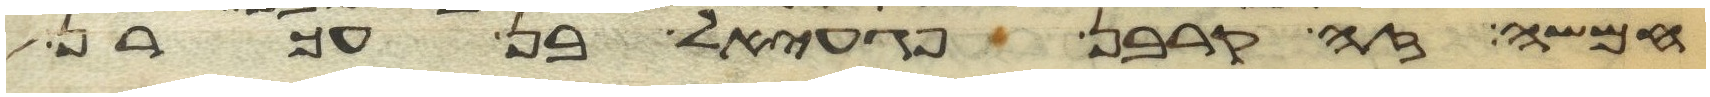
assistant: חמשה זה קרבן פגעאל בן עכרן